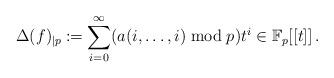
LaTeX: \begin{align*}\Delta(f)_{\mid p} \coloneqq \sum_{i=0}^{\infty} (a(i,\ldots,i)\bmod p) t^i\in\mathbb F_p[[t]]\,.\end{align*}